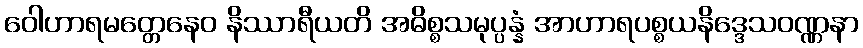
ဝေါဟာရမတ္တေနေဝ နိဿာရီယတိ အဓိစ္စသမုပ္ပန္နံ အာဟာရပစ္စယနိဒ္ဒေသဝဏ္ဏနာ